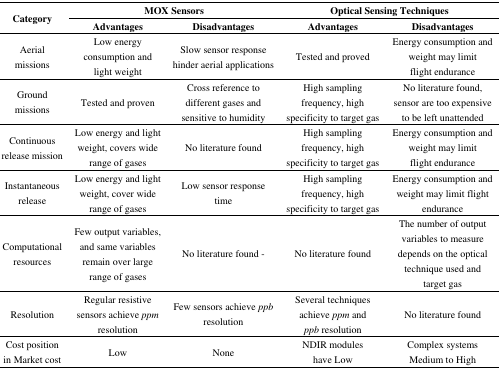
| <ROWSPAN=2> Category | <COLSPAN=2> MOX Sensors | <COLSPAN=2> Optical Sensing Techniques |
 | Advantages | Disadvantages | Advantages | Disadvantages |
 | --- | --- | --- | --- | --- |
 | Aerial missions | Low energy consumption and light weight | Slow sensor response hinder aerial applications | Tested and proved | Energy consumption and weight may limit flight endurance |
 | Ground missions | Tested and proven | Cross reference to different gases and sensitive to humidity | High sampling frequency, high specificity to target gas | No literature found, sensor are too expensive to be left unattended |
 | Continuous release mission | Low energy and light weight, covers wide range of gases | No literature found | High sampling frequency, high specificity to target gas | Energy consumption and weight may limit flight endurance |
 | Instantaneous release | Low energy and light weight, cover wide range of gases | Low sensor response time | High sampling frequency, high specificity to target gas | Energy consumption and weight may limit flight endurance |
 | Computational resources | Few output variables, and same variables remain over large range of gases | No literature found - | No literature found | The number of output variables to measure depends on the optical technique used and target gas |
 | Resolution | Regular resistive sensors achieve ppm resolution | Few sensors achieve ppb resolution | Several techniques achieve ppm and ppb resolution | No literature found |
 | Cost position in Market cost | Low | None | NDIR modules have Low | Complex systems Medium to High |